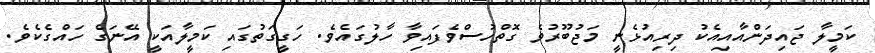
ކަމީލާ ޖައިދަންއާއިއެކު ދިރިއުޅެނީ މަޖުބޫރުވެ ގޮތްހުސްވެފައިވާ ހާލުގައެވެ. ހަގީގަތުގައި ކަމީލާއަކީ އޭނަގެ ހައްގެކެވެ.